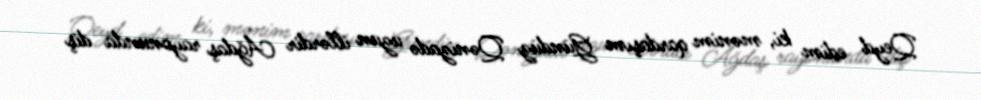
Qeyd edim ki, mənim qardaşım Gündüz Qənizadə uzun illərdir Ağdaş rayonunda diş